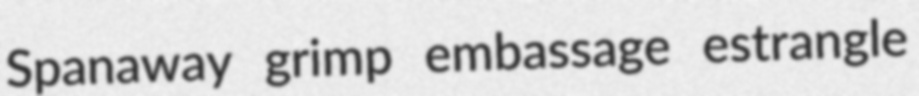
Spanaway grimp embassage estrangle